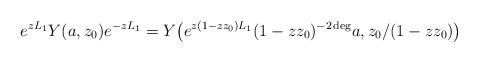
LaTeX: \begin{align*} e^{zL_{1}}Y(a,z_0)e^{-zL_{1}}=Y\bigl(e^{z(1-zz_0)L_{1}}(1-zz_0)^{-2\deg}a,z_0/(1-zz_0)\bigr)\end{align*}